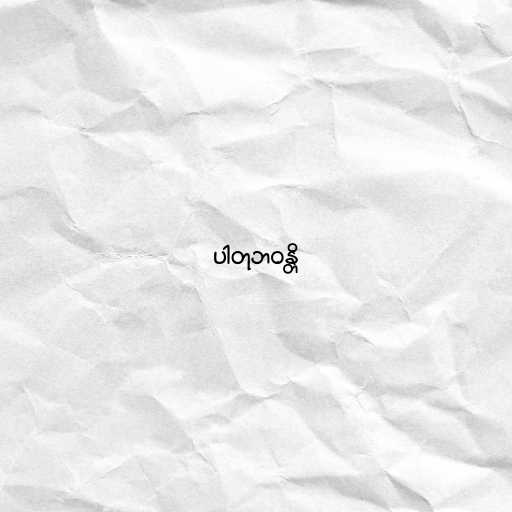
ပါတုဘဝန္တိ